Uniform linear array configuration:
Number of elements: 16
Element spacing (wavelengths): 0.25
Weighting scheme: blackman
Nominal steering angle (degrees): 0
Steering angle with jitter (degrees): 0.6969
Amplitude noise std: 0.05
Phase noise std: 0.05

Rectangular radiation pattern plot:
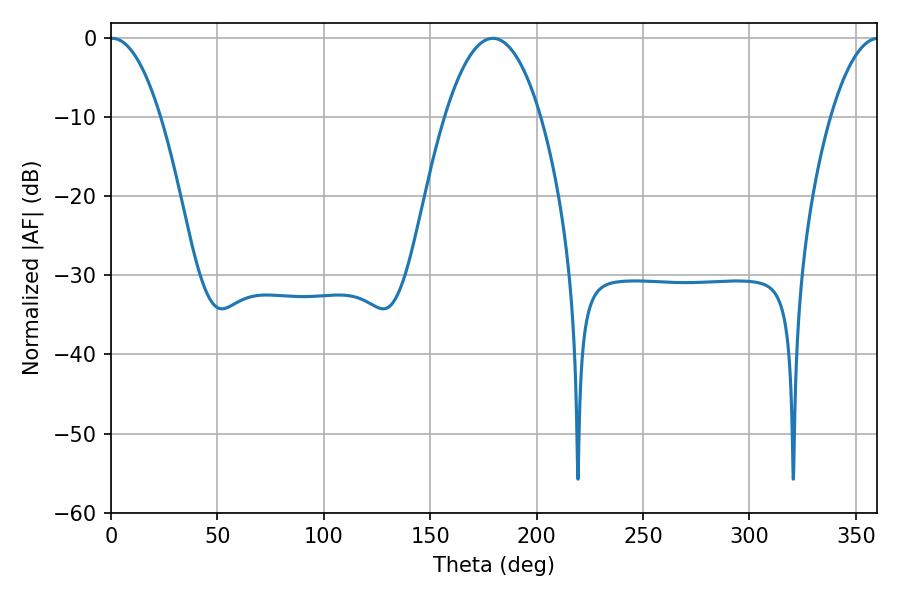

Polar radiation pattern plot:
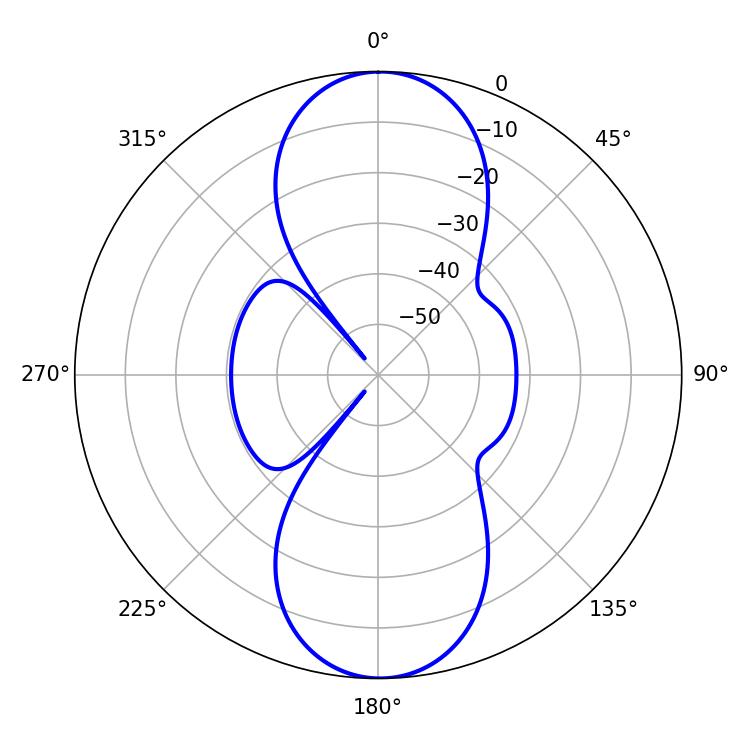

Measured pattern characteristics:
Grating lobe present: FALSE
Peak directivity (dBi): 22.887
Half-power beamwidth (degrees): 12.96
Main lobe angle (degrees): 0.54